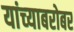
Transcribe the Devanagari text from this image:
यांच्‍याबरोबर